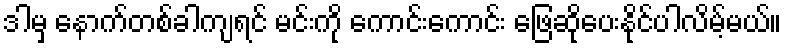
ဒါမှ နောက်တစ်ခါကျရင် မင်းကို ကောင်းကောင်း ဖြေဆိုပေးနိုင်ပါလိမ့်မယ်။